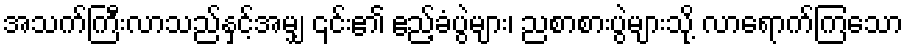
အသက်ကြီးလာသည်နှင့်အမျှ ၎င်း၏ ဧည့်ခံပွဲများ၊ ညစာစားပွဲများသို့ လာရောက်ကြသော